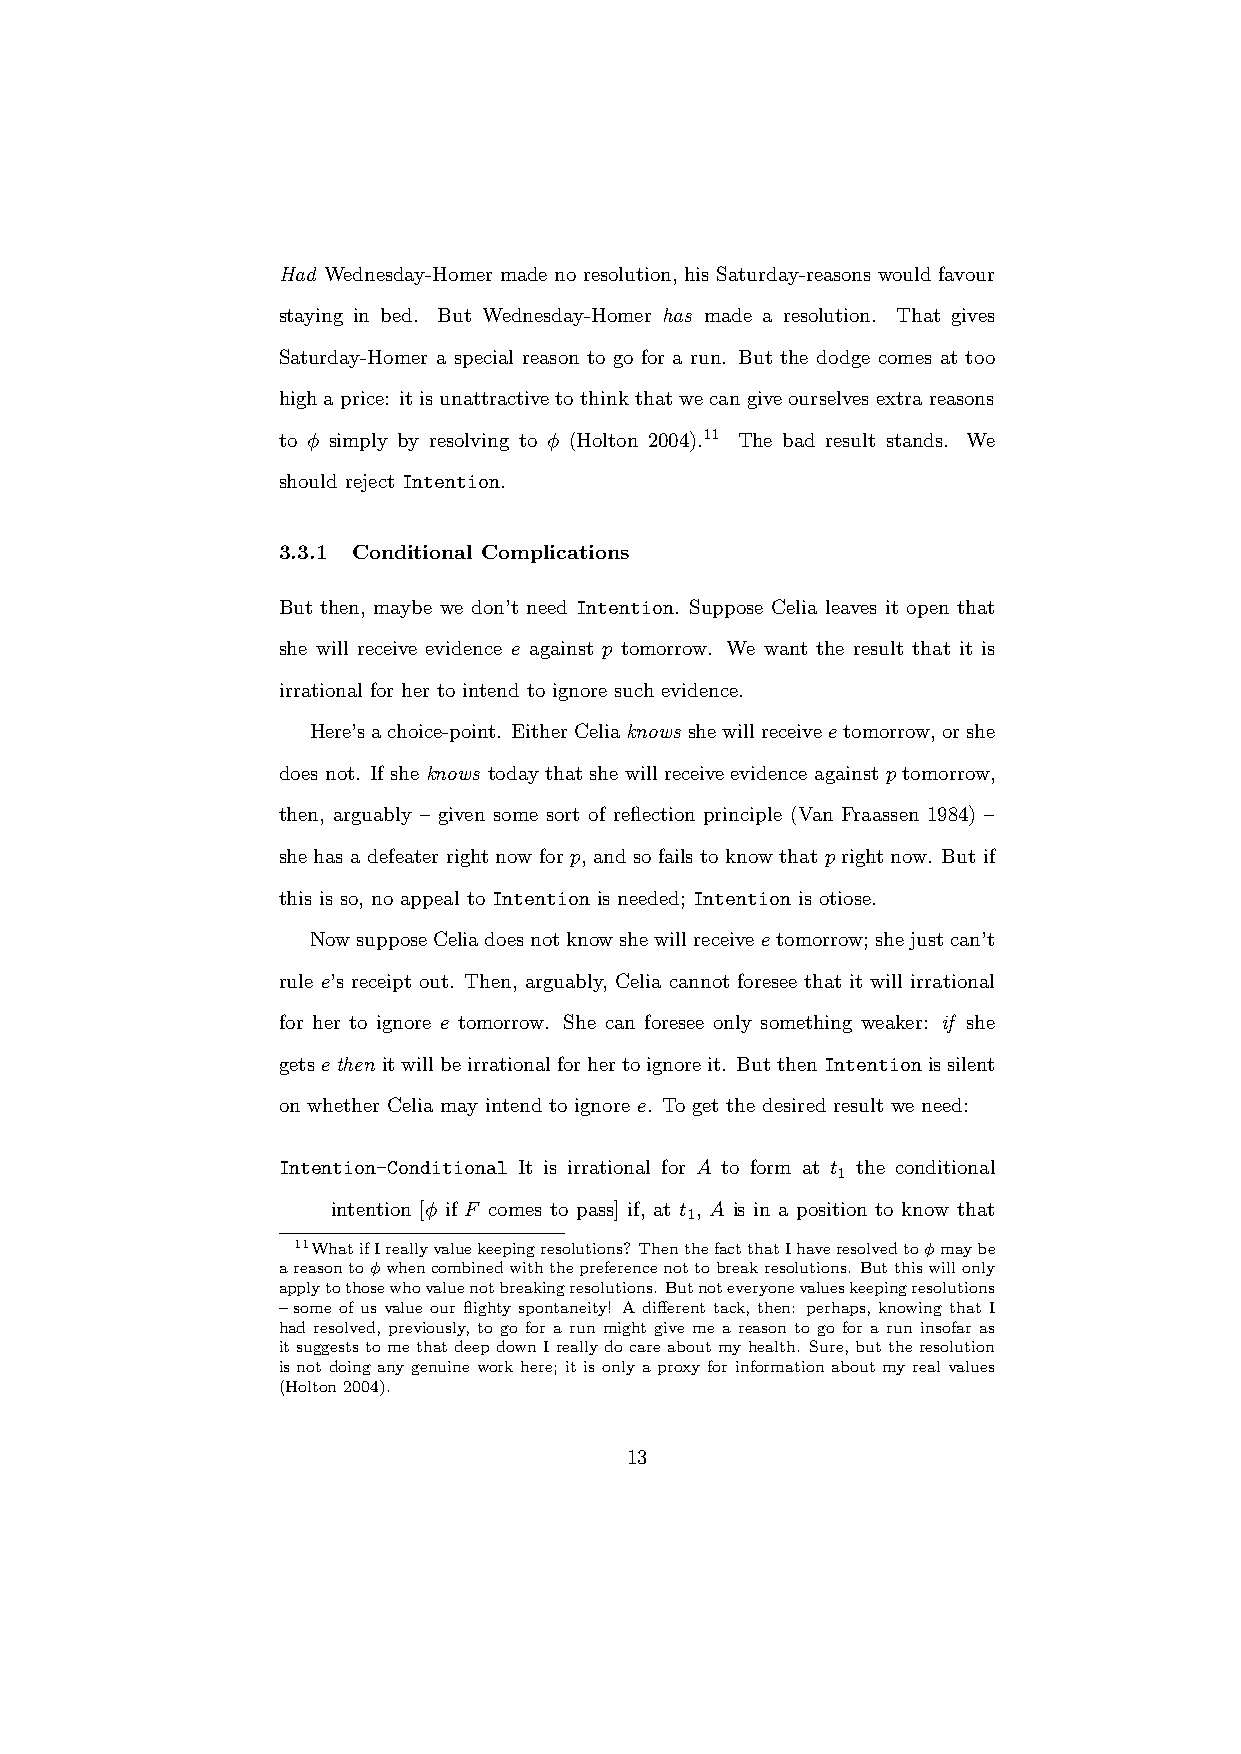
Had Wednesday-Homer made no resolution, his Saturday-reasons would favour
 staying in bed. But Wednesday-Homer has made a resolution. That gives
 Saturday-Homer a special reason to go for a run. But the dodge comes at too
 highaprice: itisunattractivetothinkthatwecangiveourselvesextrareasons
 to φ simply by resolving to φ (Holton 2004).11 The bad result stands. We
 should reject Intention.
 3.3.1 Conditional Complications
 But then, maybe we don’t need Intention. Suppose Celia leaves it open that
 she will receive evidence e against p tomorrow. We want the result that it is
 irrational for her to intend to ignore such evidence.
 Here’sachoice-point. EitherCeliaknows shewillreceiveetomorrow,orshe
 does not. If she knows today that she will receive evidence against p tomorrow,
 then, arguably – given some sort of reflection principle (Van Fraassen 1984) –
 she has a defeater right now for p, and so fails to know that p right now. But if
 this is so, no appeal to Intention is needed; Intention is otiose.
 NowsupposeCeliadoesnotknowshewillreceiveetomorrow;shejustcan’t
 rule e’s receipt out. Then, arguably, Celia cannot foresee that it will irrational
 for her to ignore e tomorrow. She can foresee only something weaker: if she
 getsethen itwillbeirrationalforhertoignoreit. ButthenIntentionissilent
 on whether Celia may intend to ignore e. To get the desired result we need:
 Intention-Conditional It is irrational for A to form at t the conditional
 1
 intention [φ if F comes to pass] if, at t , A is in a position to know that
 1
 11WhatifIreallyvaluekeepingresolutions? ThenthefactthatIhaveresolvedtoφmaybe
 areasontoφwhencombinedwiththepreferencenottobreakresolutions. Butthiswillonly
 applytothosewhovaluenotbreakingresolutions. Butnoteveryonevalueskeepingresolutions
 – some of us value our flighty spontaneity! A different tack, then: perhaps, knowing that I
 had resolved, previously, to go for a run might give me a reason to go for a run insofar as
 itsuggeststomethatdeepdownIreallydocareaboutmyhealth. Sure, butthe resolution
 is not doing any genuine work here; it is only a proxy for information about my real values
 (Holton2004).
 13